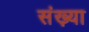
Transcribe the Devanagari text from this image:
संख़्या